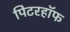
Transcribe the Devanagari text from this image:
पिटरहॉफ